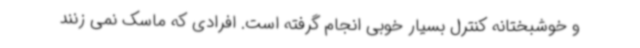
و خوشبختانه کنترل بسیار خوبی انجام گرفته است. افرادی که ماسک نمی زنند